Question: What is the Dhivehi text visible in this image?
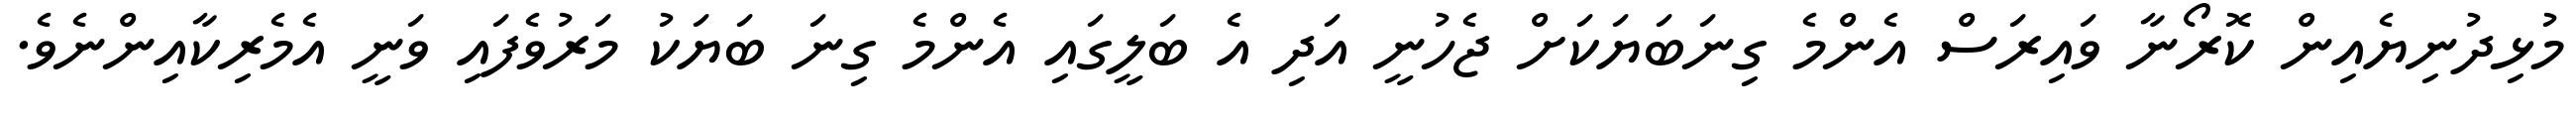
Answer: މުޅިދުނިޔެއިން ކޮރޯނާ ވައިރަސް އެންމެ ގިނަބަޔަކަށް ޖެހުނީ އަދި އެ ބަލީގައި އެންމެ ގިނަ ބަޔަކު މަރުވެފައި ވަނީ އެމެރިކާއިންނެވެ.